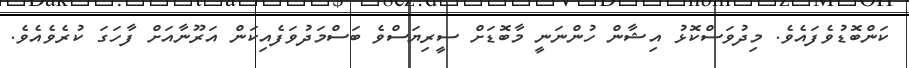
ކަންބޮޑުވެފައެވެ. މިދުވަސްކޮޅު އިޝާން ހުންނަނީ މާބޮޑަށް ސީރިޔަސްވެ ބަސްމަދުވަފެއިކަން އަރޫނާއަށް ފާހަގަ ކުރެވެއެވެ.